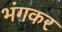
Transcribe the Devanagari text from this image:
भंगकर